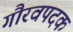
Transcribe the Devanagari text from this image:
गौरवपदक